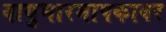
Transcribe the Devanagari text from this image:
वायुभारमापकावर